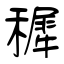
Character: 穉